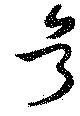
号